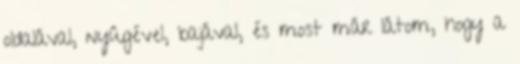
oldalával, nyûgével, bajával, és most már látom, hogy a